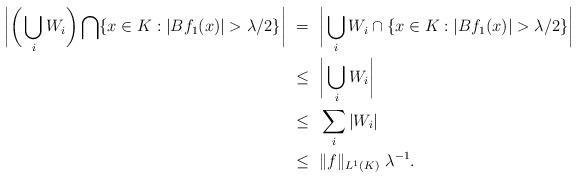
LaTeX: \begin{align*} \bigg|\bigg(\bigcup_iW_i\bigg)\bigcap \{x \in K : |Bf_1(x)| > \lambda/2\} \bigg| & ~=~ \bigg|\bigcup_iW_i\cap \{x \in K : |Bf_1(x)| > \lambda/2\} \bigg| \\ & ~\leq~ \bigg|\bigcup_iW_i\bigg| \\ &~ \leq ~\sum\limits_i |W_i| \\ &~ \leq~ \|f\|_{L^1(K)}~ \lambda^{-1}.\end{align*}